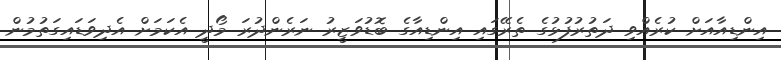
އިންޑިއާއަށް ކުރެއްވި ދަތުރުފުޅުގެ ތެރޭގައި އިންޑިއާގެ ބޮޑުވަޒީރު ނަރެންދުރަ މޯދީ އެކަމަށް އެދިވަޑައިގަތުމުން